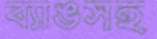
ব্যাঙসহ